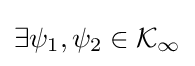
\exists \psi _{1},\psi _{2}\in {\mathcal {K}}_{\infty }